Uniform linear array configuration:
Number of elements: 12
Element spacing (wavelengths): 0.5
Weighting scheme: kaiser
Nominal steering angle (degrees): -30
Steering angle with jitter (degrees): -28.596
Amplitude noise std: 0.05
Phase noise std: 0.05

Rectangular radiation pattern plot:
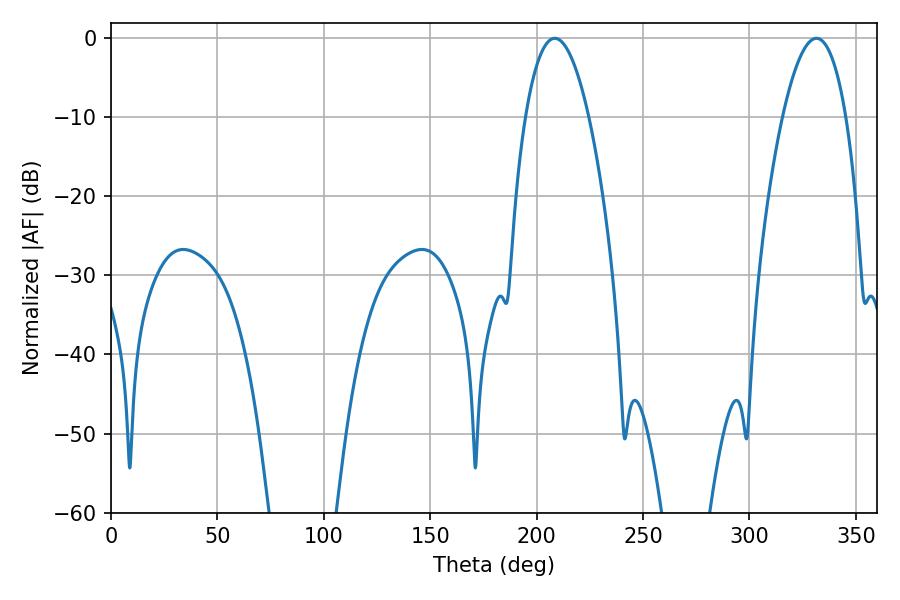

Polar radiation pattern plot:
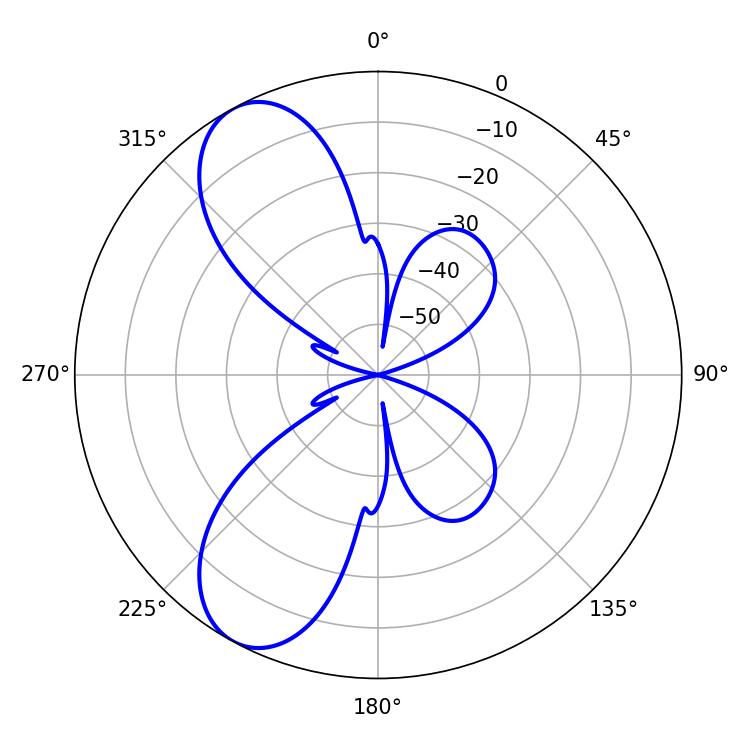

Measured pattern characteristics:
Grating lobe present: FALSE
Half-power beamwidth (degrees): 16.38
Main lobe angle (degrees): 208.44